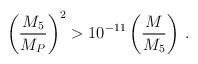
LaTeX: \begin{align*}\left(\frac{M_5}{M_P}\right)^2 > 10^{-11} \left(\frac{M}{M_5}\right)\,.\end{align*}